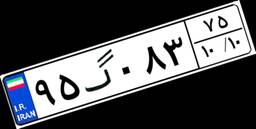
۷۳گ۴۰۸۷۵